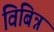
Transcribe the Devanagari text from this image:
विबिन्न